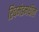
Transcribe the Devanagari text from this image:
रिचमंडमधील